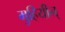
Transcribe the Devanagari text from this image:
मुहियीन्